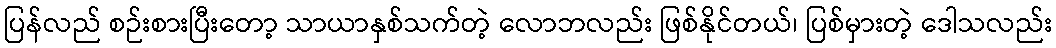
ပြန်လည် စဉ်းစားပြီးတော့ သာယာနှစ်သက်တဲ့ လောဘလည်း ဖြစ်နိုင်တယ်၊ ပြစ်မှားတဲ့ ဒေါသလည်း